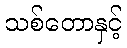
သစ်တောနှင့်